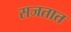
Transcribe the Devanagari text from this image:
सजतात